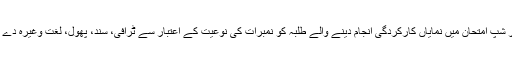
تعلیمی شام کی اہم کڑی گُل بوٹے اسکالر شپ امتحان میں نمایاں کارکردگی انجام دینے والے طلبہ کو نمبرات کی نوعیت کے اعتبار سے ٹرافی، سند، پھول، لغت وغیرہ دے کر مہمانان کے ہاتھوں اعزاز بخشا گیا۔